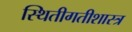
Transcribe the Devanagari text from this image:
स्थितीगतीशास्त्र